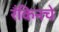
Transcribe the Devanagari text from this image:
रँकिनचे